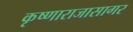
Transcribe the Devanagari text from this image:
कृष्णाराजासागर